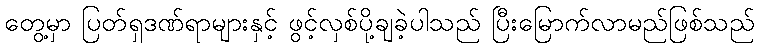
တွေ့မှာ ပြတ်ရှဒဏ်ရာများနှင့် ဖွင့်လှစ်ပို့ချခဲ့ပါသည် ပြီးမြောက်လာမည်ဖြစ်သည်